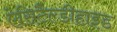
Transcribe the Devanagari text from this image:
ऐसिटैल्डीहाइड